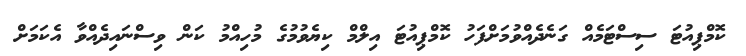
ކޮމްޕިއުޓަ ސިސްޓަމެއް ގަނެދެއްވުމަށްފަހު ކޮމްޕިއުޓަ އިލްމް ކިޔެވުމުގެ މުހިއްމު ކަން ވިސްނައިދެއްވާ އެކަމަށް